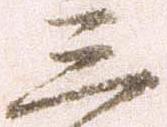
三